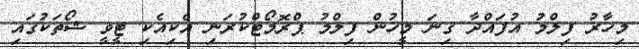
މިހާރު ފިލްމު އުފައްދާ ގިނަ މީހުން ފިލްމު ޕްރޮމޯޓްކުރަނި އެކިއެކި ޓީވީ ޝޯތަކުގައި